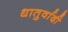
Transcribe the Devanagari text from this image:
धातुर्वादी